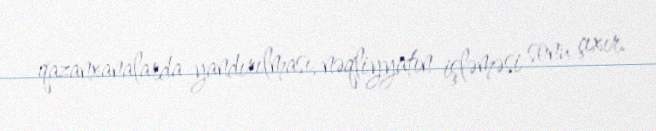
qazanxanalarda yandırılması, nəqliyyatın işləməsi sonu çıxır.